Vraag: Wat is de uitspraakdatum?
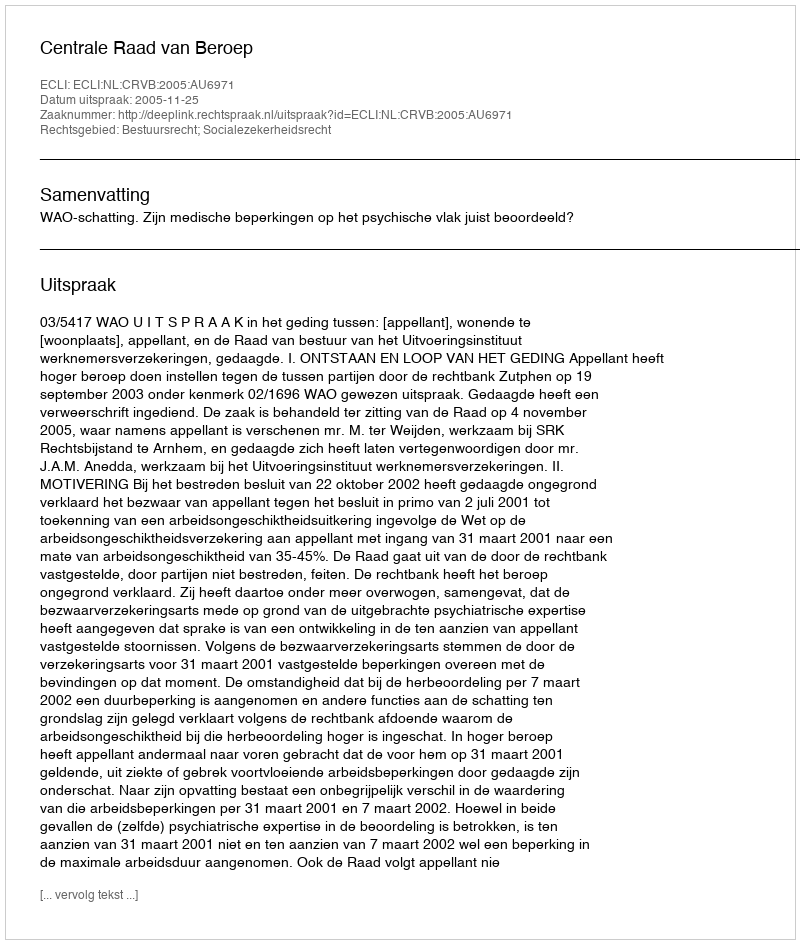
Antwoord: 2005-11-25